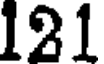
121